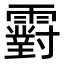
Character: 䨴